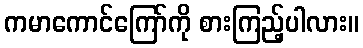
ကမာကောင်ကြော်ကို စားကြည့်ပါလား။